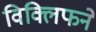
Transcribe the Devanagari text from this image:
विक्लिफने